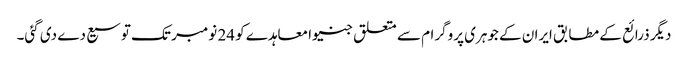
دیگر ذرائع کے مطابق ایران کے جوہری پروگرام سے متعلق جنیوا معاہدے کو 24 نومبر تک توسیع دے دی گئی۔